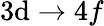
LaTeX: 3\mathrm{d}\rightarrow4f